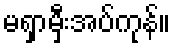
မရှာမှီးအပ်ကုန်။